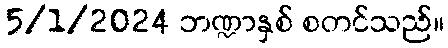
5/1/2024 ဘဏ္ဍာနှစ် စတင်သည်။